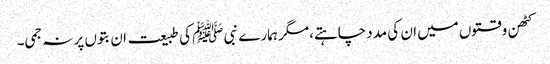
کٹھن وقتوں میں ان کی مدد چاہتے،مگر ہمارے نبی ﷺ کی طبیعت ان بتوں پر نہ جمی۔